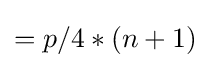
=p/4*(n+1)